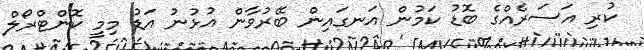
ކުރި އަސަރެއްގެ ބޮޑު ކަމުން އަނގައިން ބޭރުވާން އުޅުނު އަޑު މިމީ ކޮންޓްރޯލް